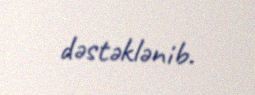
dəstəklənib.